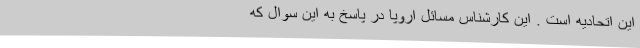
این اتحادیه است ‌. این کارشناس مسائل اروپا در پاسخ به این سوال که